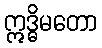
ဣဒ္ဓိမတော